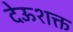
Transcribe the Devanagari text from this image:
देऊशक्त